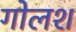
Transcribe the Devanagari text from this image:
गोलश